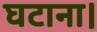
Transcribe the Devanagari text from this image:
घटाना।